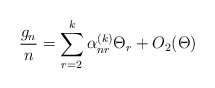
\begin{align*}\frac{g_n}{n} = \sum^k_{r=2} \alpha_{nr}^{(k)} \Theta_r + O_2(\Theta)\end{align*}